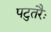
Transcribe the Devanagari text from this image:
पटुतरैः